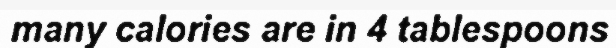
many calories are in 4 tablespoons